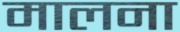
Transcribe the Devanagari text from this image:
मालना